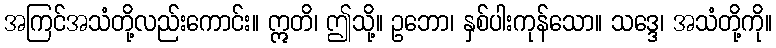
အကြင်အသံတို့လည်းကောင်း။ ဣတိ၊ ဤသို့။ ဥဘော၊ နှစ်ပါးကုန်သော။ သဒ္ဒေ၊ အသံတို့ကို။